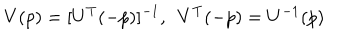
V ( p ) = [ U ^ { T } ( - p ) ] ^ { - 1 } , \ \ V ^ { T } ( - p ) = U ^ { - 1 } ( p )